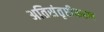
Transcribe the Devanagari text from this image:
अतिसंतृप्तीकरण